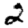
Digit: 2